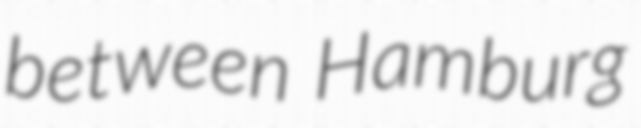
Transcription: between Hamburg